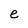
Character: e